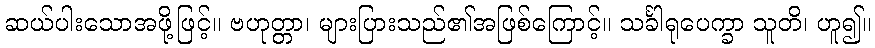
ဆယ်ပါးသောအဖို့ဖြင့်။ ဗဟုတ္တာ၊ များပြားသည်၏အဖြစ်ကြောင့်။ သင်္ခါရုပေက္ခာ သူတိ၊ ဟူ၍။